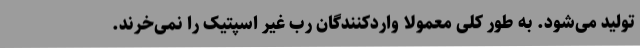
تولید می‌شود. به طور کلی معمولا واردکنندگان رب غیر اسپتیک را نمی‌خرند.